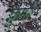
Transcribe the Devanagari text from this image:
कुर्मो